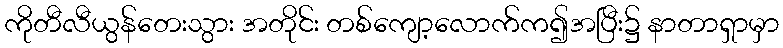
ကိုတီလီယွန်တေးသွား အတိုင်း တစ်ကျော့လောက်က၍အပြီး၌ နာတာရှာမှာ